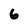
Character: 6